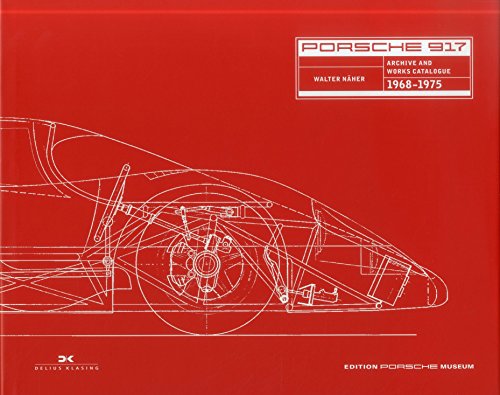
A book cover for Porsche 917: Archives and Works Catalogue 1968 - 1975 (English and German Edition); Walter NÃ¤her; Engineering & Transportation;